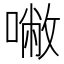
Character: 𰈡